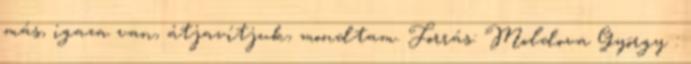
más, igaza van, átjavítjuk, mondtam. Forrás: Moldova György :